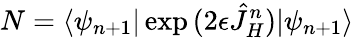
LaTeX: N=\langle\psi_{n+1}|\exp{(2\epsilon\hat{J}_{H}^{n})}|\psi_{n+1}\rangle